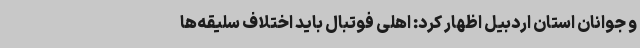
و جوانان استان اردبیل اظهار کرد: اهلی فوتبال باید اختلاف سلیقه‌ها